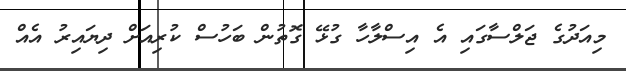
މިއަދުގެ ޖަލްސާގައި އެ އިސްލާހާ ގުޅޭ ގޮތުން ބަހުސް ކުރިއަށް ދިޔައިރު އެއް